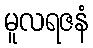
မူလရဇနံ